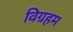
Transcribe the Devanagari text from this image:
विग्रहम